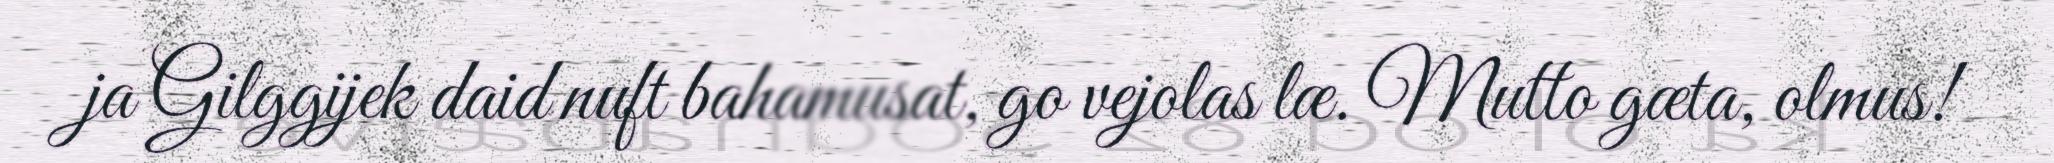
ja Gilggijek daid nuft bahamusat, go vejolas læ. Mutto gæta, olmus!